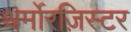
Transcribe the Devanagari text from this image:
थर्मोरज़िस्टर